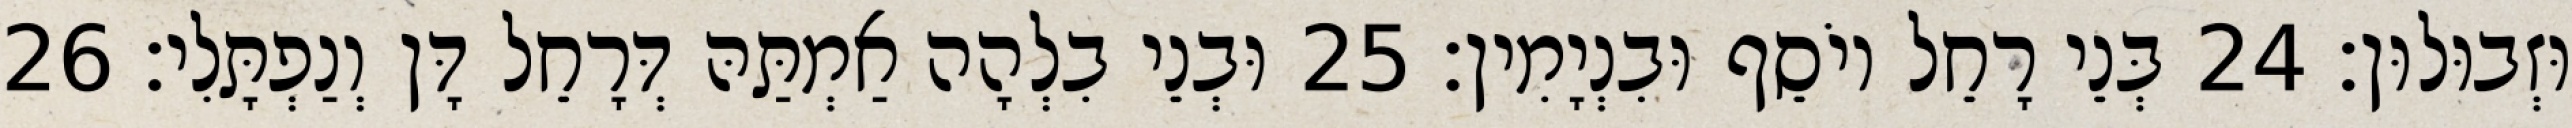
וּזְבוּלוּן׃ 24 בְּנֵי רָחֵל יוֹסֵף וּבִנְיָמִין׃ 25 וּבְנֵי בִלְהָה אַמְתַּהּ דְּרָחֵל דָּן וְנַפְתָּלִי׃ 26